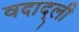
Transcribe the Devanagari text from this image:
वदाद्ली